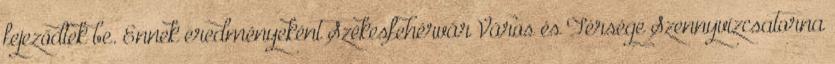
fejeződtek be. Ennek eredményeként Székesfehérvár Város és Térsége Szennyvízcsatorna